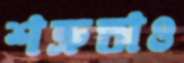
শত্রুতাও